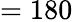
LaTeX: =180